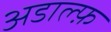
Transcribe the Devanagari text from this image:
अडाल्फ़